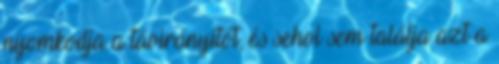
nyomkodja a távirányítót, és sehol sem találja azt a